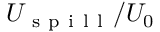
U _ { \mathrm { ~ s ~ p ~ i ~ l ~ l ~ } } / U _ { 0 }